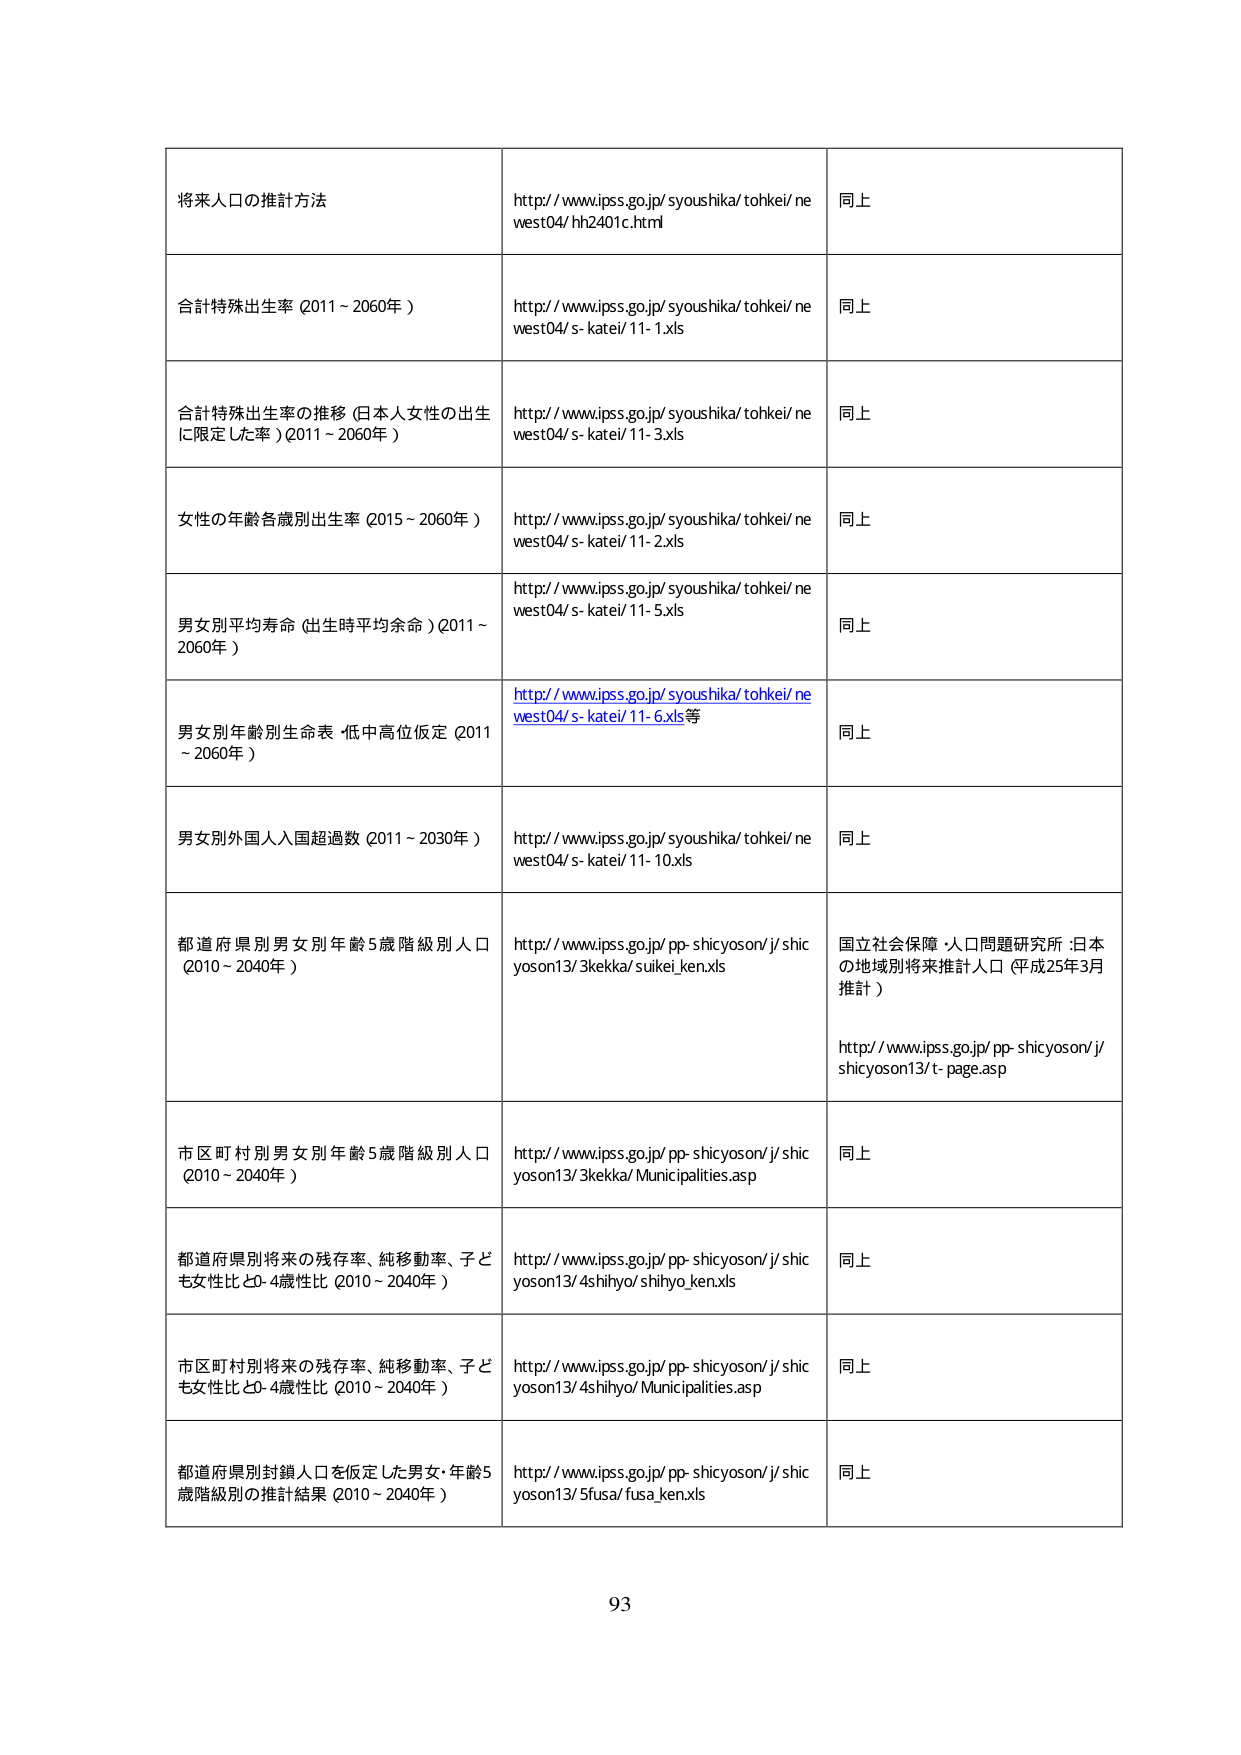
将来人口の推計方法
http://www.ipss.go.jp/syoushika/tohkei/newest04/hh2401c.html
同上

合計特殊出生率 (2011～2060年)
http://www.ipss.go.jp/syoushika/tohkei/newest04/s-katei/11-1.xls
同上

合計特殊出生率の推移 (日本人女性の出生に限定した率) (2011～2060年)
http://www.ipss.go.jp/syoushika/tohkei/newest04/s-katei/11-3.xls
同上

女性の年齢各歳別出生率 (2015～2060年)
http://www.ipss.go.jp/syoushika/tohkei/newest04/s-katei/11-2.xls
同上

男女別平均寿命 (出生時平均余命) (2011～2060年)
http://www.ipss.go.jp/syoushika/tohkei/newest04/s-katei/11-5.xls
同上

男女別年齢別生命表 低中高位仮定 (2011～2060年)
http://www.ipss.go.jp/syoushika/tohkei/newest04/s-katei/11-6.xls等
同上

男女別外国人入国超過数 (2011～2030年)
http://www.ipss.go.jp/syoushika/tohkei/newest04/s-katei/11-10.xls
同上

都道府県別男女別年齢5歳階級別人口 (2010～2040年)
http://www.ipss.go.jp/pp-shicyoson/j/shicyoson13/3kekka/suikei_ken.xls
国立社会保障・人口問題研究所：日本の地域別将来推計人口（平成25年3月推計）
http://www.ipss.go.jp/pp-shicyoson/j/shicyoson13/t-page.asp

市区町村別男女別年齢5歳階級別人口 (2010～2040年)
http://www.ipss.go.jp/pp-shicyoson/j/shicyoson13/3kekka/Municipalities.asp
同上

都道府県別将来の残存率、純移動率、子ども女性比と0-4歳性比 (2010～2040年)
http://www.ipss.go.jp/pp-shicyoson/j/shicyoson13/4shihiyo/shihiyo_ken.xls
同上

市区町村別将来の残存率、純移動率、子ども女性比と0-4歳性比 (2010～2040年)
http://www.ipss.go.jp/pp-shicyoson/j/shicyoson13/4shihiyo/Municipalities.asp
同上

都道府県別封鎖人口を仮定した男女・年齢5歳階級別の推計結果 (2010～2040年)
http://www.ipss.go.jp/pp-shicyoson/j/shicyoson13/5fusa/fusa_ken.xls
同上

93